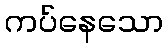
ကပ်နေသော